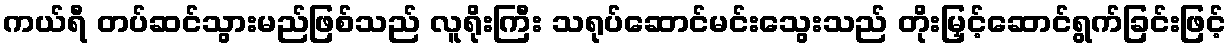
ကယ်ရီ တပ်ဆင်သွားမည်ဖြစ်သည် လူရိုးကြီး သရုပ်ဆောင်မင်းသွေးသည် တိုးမြှင့်ဆောင်ရွက်ခြင်းဖြင့်